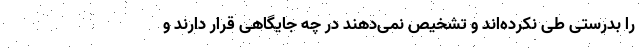
را بدرستی طی نکرده‌اند و تشخیص نمی‌دهند در چه جایگاهی قرار دارند و